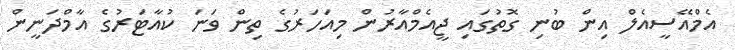
އެމްއޭސީއެލް އިން ބުނި ގޮތުގައި ޖީއެމްއާރުން މިއަހަރުގެ ތިން ވަނަ ކުއާޓަރުގެ އާމްދަނީން